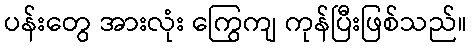
ပန်းတွေ အားလုံး ကြွေကျ ကုန်ပြီးဖြစ်သည်။